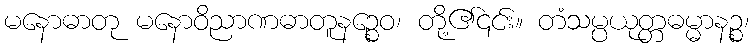
မနောဓာတု မနောဝိညာဏဓာတူနဉ္စေဝ၊ တို့၏၎င်း။ တံသမ္ပယုတ္တဓမ္မာနဉ္စ၊